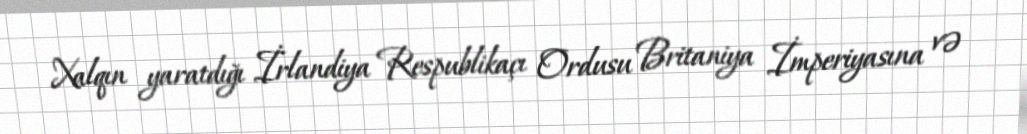
Xalqın yaratdığı İrlandiya Respublikaçı Ordusu Britaniya İmperiyasına və